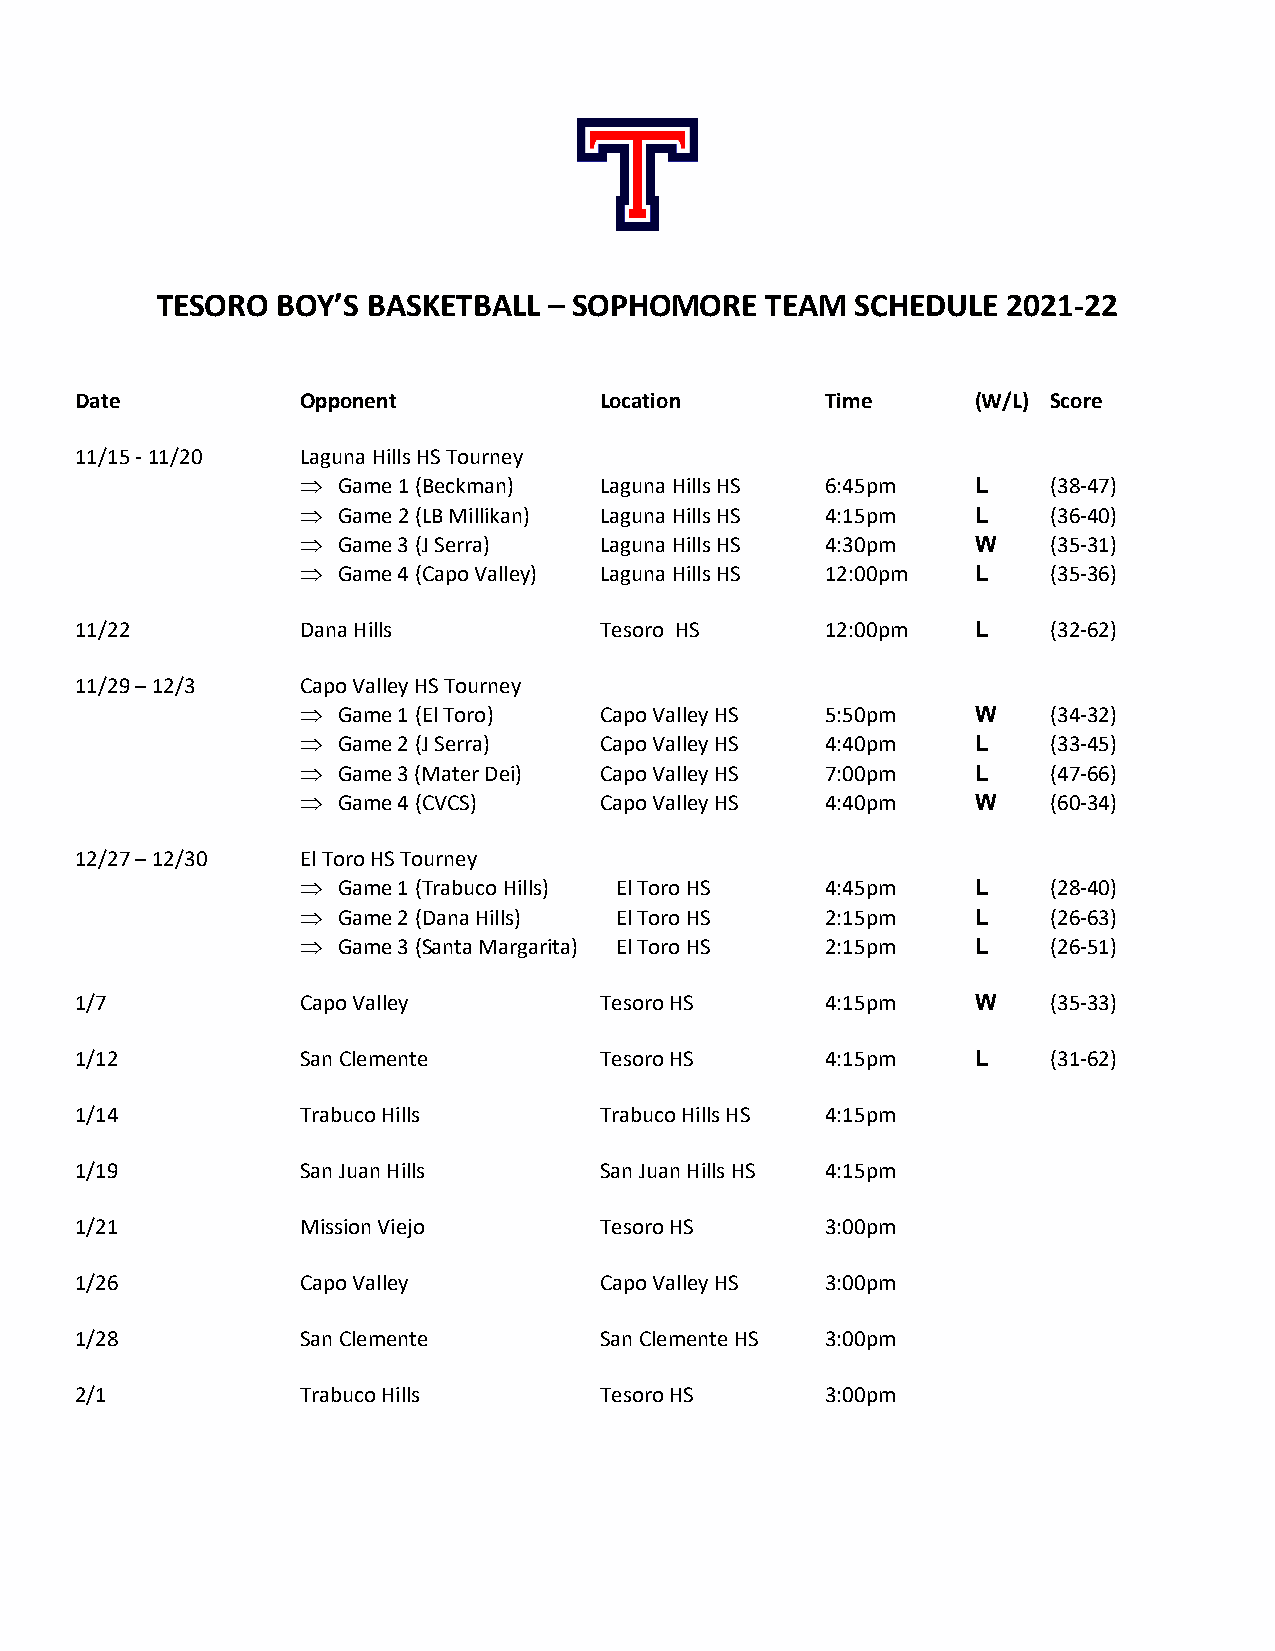
TESORO  BOY’S BASKETBALL  – SOPHOMORE    TEAM  SCHEDULE  2021-22
 Date           Opponent            Location       Time      (W/L) Score
 11/15 - 11/20  Laguna Hills HS Tourney
 Þ Game 1 (Beckman)  Laguna Hills HS 6:45pm   L    (38-47)
 Þ Game 2 (LB Millikan) Laguna Hills HS 4:15pm L   (36-40)
 Þ Game 3 (J Serra)  Laguna Hills HS 4:30pm   W    (35-31)
 Þ Game 4 (Capo Valley) Laguna Hills HS 12:00pm L  (35-36)
 11/22          Dana Hills          Tesoro HS      12:00pm   L    (32-62)
 11/29 – 12/3   Capo Valley HS Tourney
 Þ Game 1 (El Toro)  Capo Valley HS 5:50pm    W    (34-32)
 Þ Game 2 (J Serra)  Capo Valley HS 4:40pm    L    (33-45)
 Þ Game 3 (Mater Dei) Capo Valley HS 7:00pm   L    (47-66)
 Þ Game 4 (CVCS)     Capo Valley HS 4:40pm    W    (60-34)
 12/27 – 12/30  El Toro HS Tourney
 Þ Game 1 (Trabuco Hills) El Toro HS 4:45pm   L    (28-40)
 Þ Game 2 (Dana Hills) El Toro HS   2:15pm    L    (26-63)
 Þ Game 3 (Santa Margarita) El Toro HS 2:15pm L    (26-51)
 1/7            Capo Valley         Tesoro HS      4:15pm    W    (35-33)
 1/12           San Clemente        Tesoro HS      4:15pm    L    (31-62)
 1/14           Trabuco Hills       Trabuco Hills HS 4:15pm
 1/19           San Juan Hills      San Juan Hills HS 4:15pm
 1/21           Mission Viejo       Tesoro HS      3:00pm
 1/26           Capo Valley         Capo Valley HS 3:00pm
 1/28           San Clemente        San Clemente HS 3:00pm
 2/1            Trabuco Hills       Tesoro HS      3:00pm